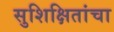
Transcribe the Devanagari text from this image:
सुशिक्षितांचा